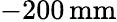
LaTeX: -200\, \textrm{mm}